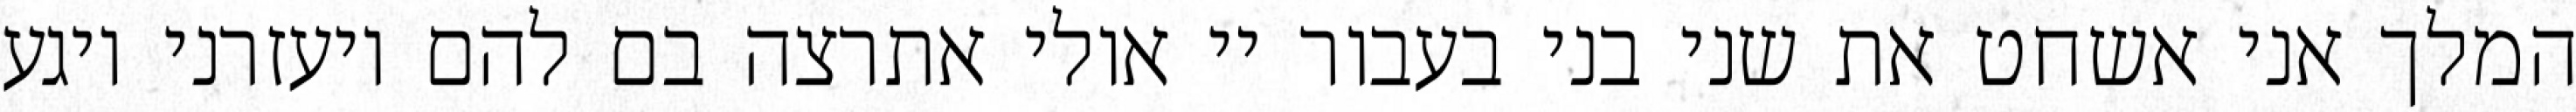
המלך אני אשחט את שני בני בעבור יי אולי אתרצה בם להם ויעזרני ויגע